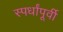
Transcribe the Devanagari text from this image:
स्पर्धांपूर्वी